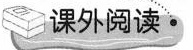
课外阅读·